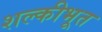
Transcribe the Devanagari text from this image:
शल्कीभूत